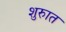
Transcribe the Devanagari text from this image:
शुरुात